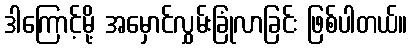
ဒါကြောင့်မို့ အမှောင်လွှမ်းခြုံလာခြင်း ဖြစ်ပါတယ်။